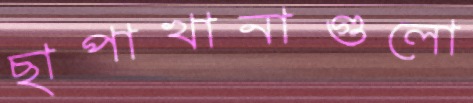
ছাপাখানাগুলো